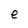
Character: e